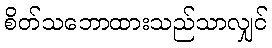
စိတ်သဘောထားသည်သာလျှင်